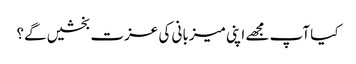
کیا آپ مجھے اپنی میزبانی کی عزت بخشیں گے؟